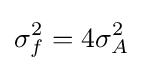
\sigma _{f}^{2}=4\sigma _{A}^{2}